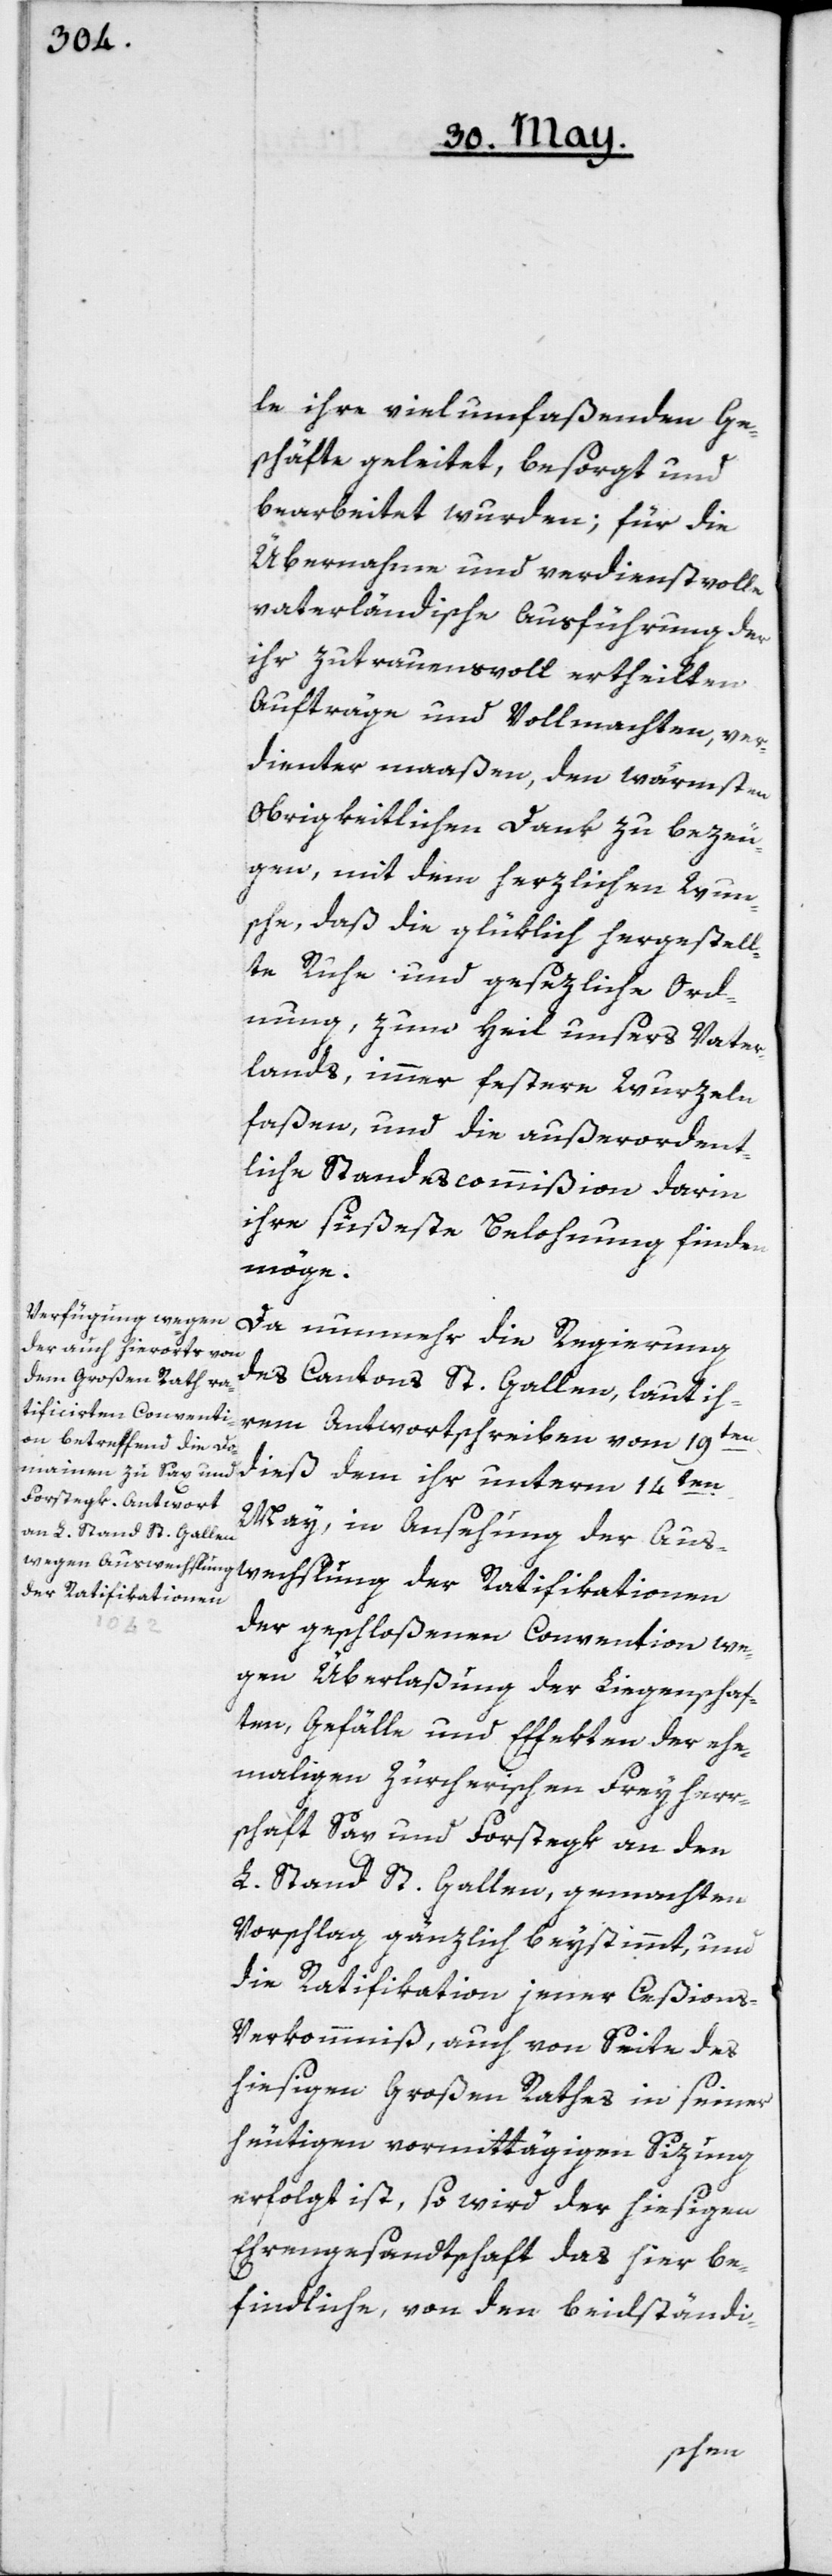
le ihre vielumfaßenden Ge¬
schäfte geleitet, besorgt und
bearbeitet wurden; für die
Übernahme und verdienstvolle
vaterländische Ausführung der
ihr zutrauensvoll ertheilten
Aufträge und Vollmachten, ver¬
dienter maaßen, den wärmsten
Obrigkeitlichen Dank zu bezeu¬
gen, mit dem herzlichen Wun¬
sche, daß die glüklich hergestell¬
te Ruhe und gesezliche Ord¬
nung, zum Heil unsers Vater¬
lands, immer festere Wurzeln
faßen, und die außerordent¬
liche Standescommißion darin
ihre süßeste Belohnung finden
möge.
Da nunmehr die Regierung
des Cantons St. Gallen, laut ih¬
rem Antwortschreiben vom 19ten
dieß, dem ihr unterm 14ten
May, in Ansehung der Aus¬
der Ratifikationen
der geschloßenen Convention we¬
gen Überlaßung der Liegenschaf¬
ten, Gefälle und Effekten der ehe¬
maligen Zürcherischen Freyherr¬
schaft Sax und Forstegk an den
L. Stand St. Gallen, gemachten
Vorschlag gänzlich beystimmt, und
die Ratifikation jener Ceßion¬
s-Verkommniß, auch von Seite des
hiesigen Großen Rathes in seiner
heutigen vormittägigen Sizung
erfolgt ist, so wird der hiesigen
Ehrengesandtschaft das hier be¬
findliche, von den beidständi-
wechslung